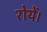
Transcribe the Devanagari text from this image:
रोयें।